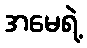
အမေရဲ့